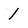
Character: 1